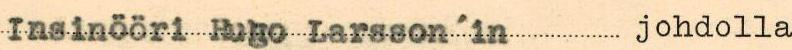
Laitaatsillassa Säämingin